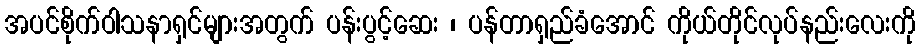
အပင်စိုက်ဝါသနာရှင်များအတွက် ပန်းပွင့်ဆေး ၊ ပန်တာရှည်ခံအောင် ကိုယ်တိုင်လုပ်နည်းလေးကို